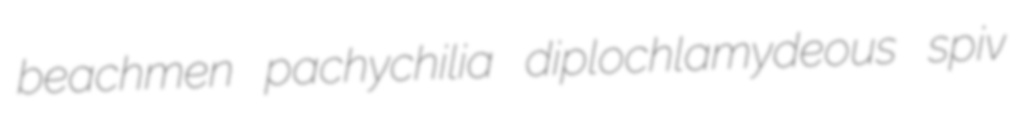
beachmen pachychilia diplochlamydeous spiv